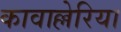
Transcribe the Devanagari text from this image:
कावाल्लेरिया